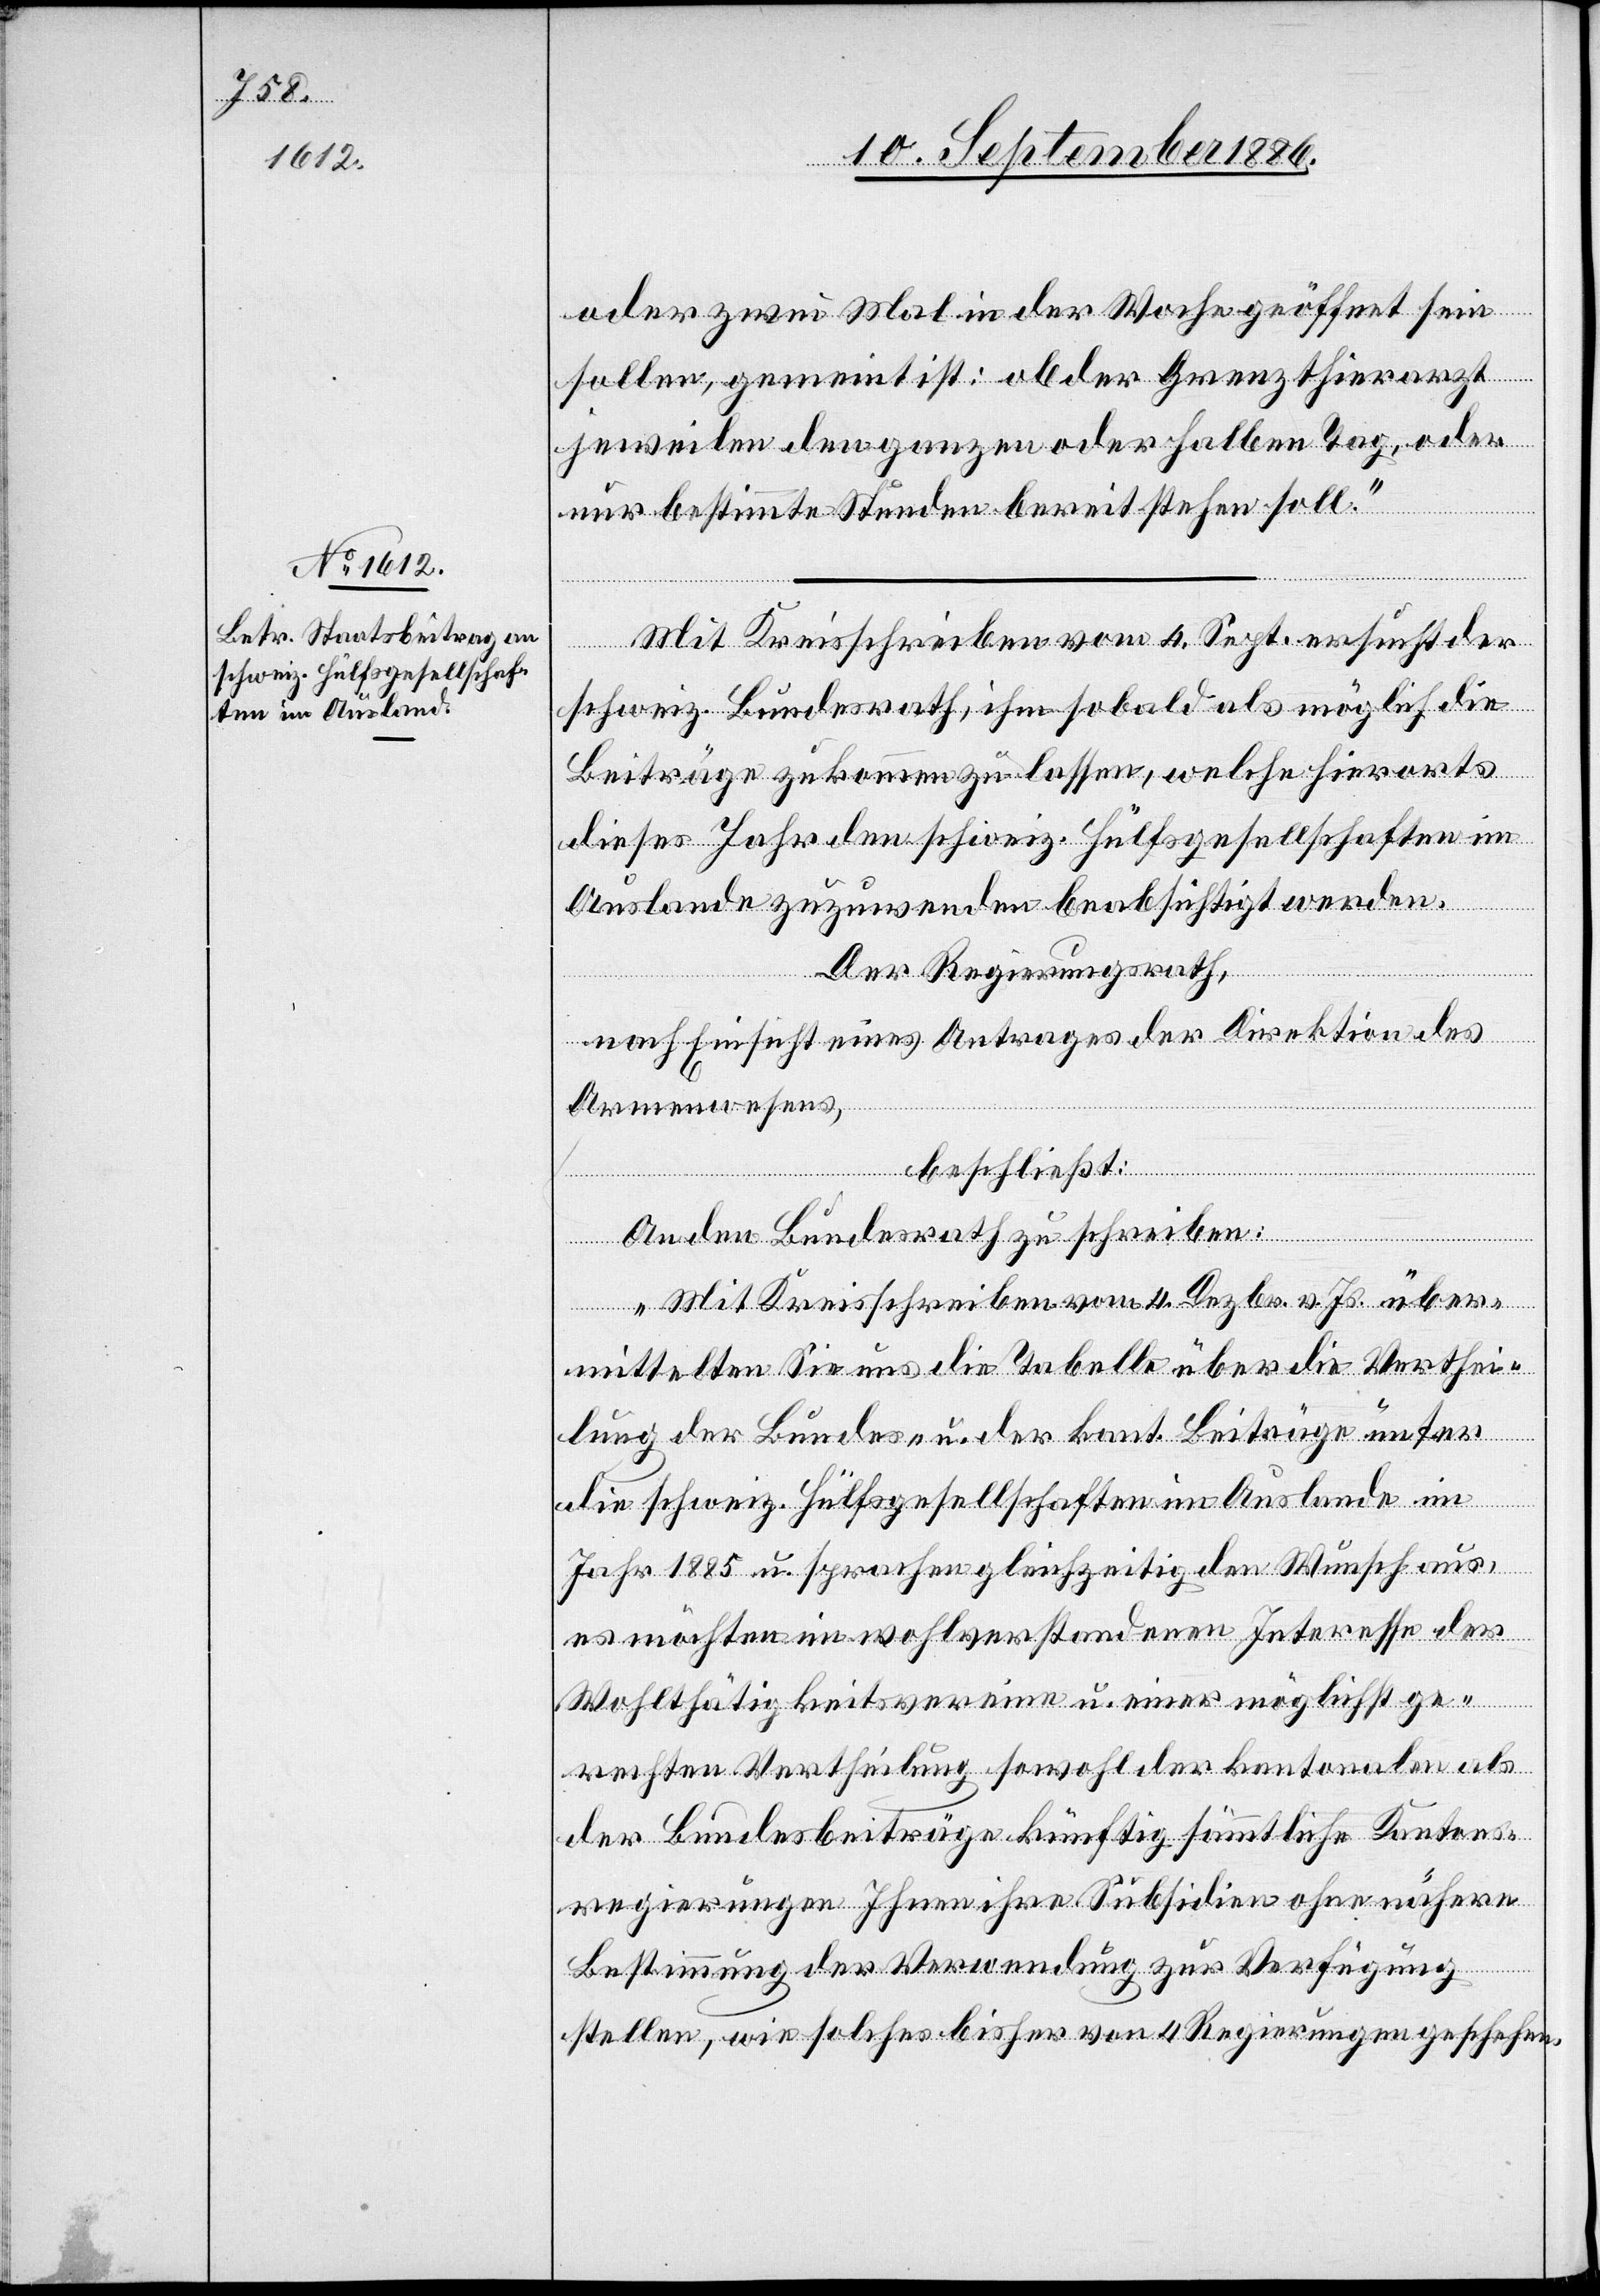
oder zwei Mal in der Woche geöffnet sein
sollen, gemeint ist: ob der Grenzthierarzt
jeweilen den ganzen oder halben Tag, oder
nur bestimmte Stunden bereit stehen soll.“
Mit Kreisschreiben vom 4. Sept. ersucht der
schweiz. Bundesrath, ihm sobald als möglich die
Beiträge zukommen zu lassen, welche hierorts
dieses Jahr den schweiz. Hülfsgesellschaften im
Ausland zuzuwenden beabsichtigt werden.
Der Regierungsrath,
beschließt:
nach Einsicht eines Antrages der Direktion des
Armenwesens,
An den Bundesrath zu schreiben:
„Mit Kreisschreiben vom 4. Dezbr. v. Js. über¬
mittelten Sie uns die Tabelle über die Verthei¬
lung der Bundes- u. der kant. Beiträge unter
die schweiz. Hülfsgesellschaften im Auslande im
Jahr 1885 u. sprachen gleichzeitig den Wunsch aus,
es möchten im wohlverstandenen Interesse der
Wohlthätigkeitsvereine u. einer möglichst ge¬
rechten Vertheilung sowohl der kantonalen als
der Bundesbeiträge künftig sämmtliche Kantons¬
regierungen Ihnen ihre Subsidien ohne nähere
Bestimmung der Verwendung zur Verfügung
stellen, wie solches bisher von 4 Regierungen geschehen.